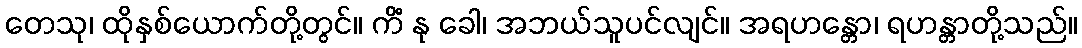
တေသု၊ ထိုနှစ်ယောက်တို့တွင်။ ကိံ နု ခေါ၊ အဘယ်သူပင်လျင်။ အရဟန္တော၊ ရဟန္တာတို့သည်။